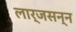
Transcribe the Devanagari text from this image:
लार्जसन्न